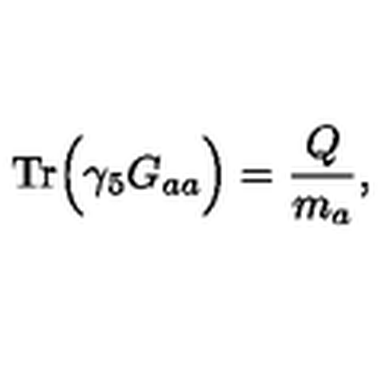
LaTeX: \mathrm { T r } \Big ( \gamma _ { 5 } G _ { a a } \Big ) = \frac { Q } { m _ { a } } ,